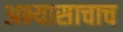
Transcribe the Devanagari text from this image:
अभ्यासाचाच